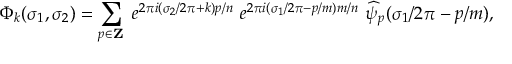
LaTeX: \Phi _ { k } ( \sigma _ { 1 } , \sigma _ { 2 } ) = \sum _ { p \in { \bf Z } } ~ e ^ { 2 \pi i ( \sigma _ { 2 } / 2 \pi + k ) p / n } ~ e ^ { 2 \pi i ( \sigma _ { 1 } / 2 \pi - p / m ) m / n } ~ \widehat { \psi } _ { p } ( \sigma _ { 1 } / 2 \pi - p / m ) ,